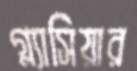
গ্ল্যাসিয়ার